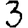
Digit: 3